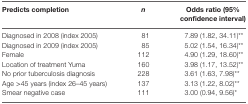
<table><thead><tr><td><b>Predicts completion</b></td><td><b><i>n</i></b></td><td><b>Odds ratio (95% confidence interval)</b></td></tr></thead><tbody><tr><td>Diagnosed in 2008 (index 2005)</td><td>81</td><td>7.89 (1.82, 34.11)**</td></tr><tr><td>Diagnosed in 2009 (index 2005)</td><td>85</td><td>5.02 (1.54, 16.34)**</td></tr><tr><td>Female</td><td>112</td><td>4.90 (1.29, 18.60)**</td></tr><tr><td>Location of treatment Yuma</td><td>160</td><td>3.98 (1.17, 13.52)**</td></tr><tr><td>No prior tuberculosis diagnosis</td><td>228</td><td>3.61 (1.63, 7.98)**</td></tr><tr><td>Age &gt;45 years (index 26–45 years)</td><td>137</td><td>3.13 (1.22, 8.02)**</td></tr><tr><td>Smear negative case</td><td>111</td><td>3.00 (0.94, 9.56)*</td></tr></tbody></table>